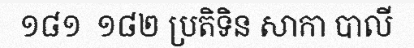
១៨១  ១៨២ ប្រតិទិន សាកា បាលី